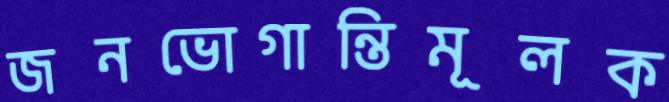
জনভোগান্তিমূলক